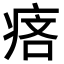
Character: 𤶾